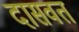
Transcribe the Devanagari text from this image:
दासवत